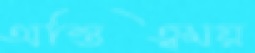
অস্তিত্বময়